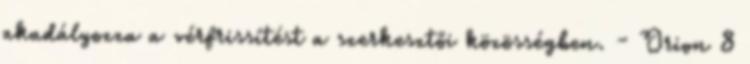
akadályozza a vérfrissítést a szerkesztői közösségben. - Orion 8